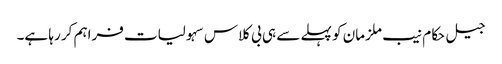
جیل حکام نیب ملزمان کو پہلے سے ہی بی کلاس سہولیات فراہم کر رہا ہے۔